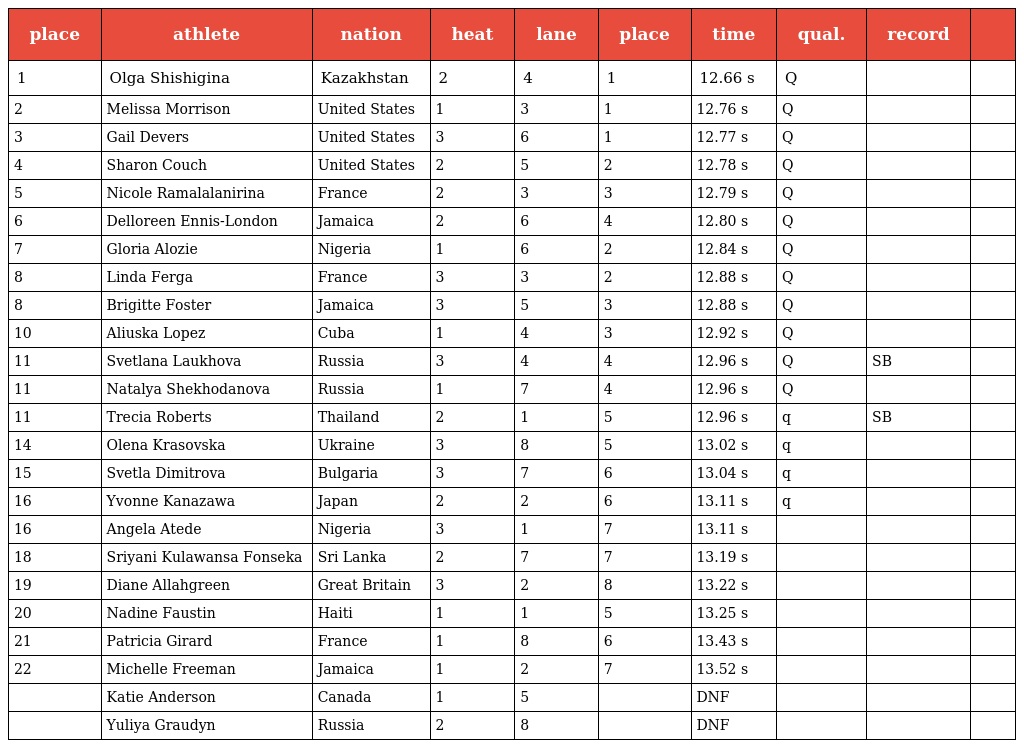
| place | athlete | nation | heat | lane | place | time | qual. | record |  |
 | --- | --- | --- | --- | --- | --- | --- | --- | --- | --- |
 | 1 | Olga Shishigina | Kazakhstan | 2 | 4 | 1 | 12.66 s | Q |  |  |
 | 2 | Melissa Morrison | United States | 1 | 3 | 1 | 12.76 s | Q |  |  |
 | 3 | Gail Devers | United States | 3 | 6 | 1 | 12.77 s | Q |  |  |
 | 4 | Sharon Couch | United States | 2 | 5 | 2 | 12.78 s | Q |  |  |
 | 5 | Nicole Ramalalanirina | France | 2 | 3 | 3 | 12.79 s | Q |  |  |
 | 6 | Delloreen Ennis-London | Jamaica | 2 | 6 | 4 | 12.80 s | Q |  |  |
 | 7 | Gloria Alozie | Nigeria | 1 | 6 | 2 | 12.84 s | Q |  |  |
 | 8 | Linda Ferga | France | 3 | 3 | 2 | 12.88 s | Q |  |  |
 | 8 | Brigitte Foster | Jamaica | 3 | 5 | 3 | 12.88 s | Q |  |  |
 | 10 | Aliuska Lopez | Cuba | 1 | 4 | 3 | 12.92 s | Q |  |  |
 | 11 | Svetlana Laukhova | Russia | 3 | 4 | 4 | 12.96 s | Q | SB |  |
 | 11 | Natalya Shekhodanova | Russia | 1 | 7 | 4 | 12.96 s | Q |  |  |
 | 11 | Trecia Roberts | Thailand | 2 | 1 | 5 | 12.96 s | q | SB |  |
 | 14 | Olena Krasovska | Ukraine | 3 | 8 | 5 | 13.02 s | q |  |  |
 | 15 | Svetla Dimitrova | Bulgaria | 3 | 7 | 6 | 13.04 s | q |  |  |
 | 16 | Yvonne Kanazawa | Japan | 2 | 2 | 6 | 13.11 s | q |  |  |
 | 16 | Angela Atede | Nigeria | 3 | 1 | 7 | 13.11 s |  |  |  |
 | 18 | Sriyani Kulawansa Fonseka | Sri Lanka | 2 | 7 | 7 | 13.19 s |  |  |  |
 | 19 | Diane Allahgreen | Great Britain | 3 | 2 | 8 | 13.22 s |  |  |  |
 | 20 | Nadine Faustin | Haiti | 1 | 1 | 5 | 13.25 s |  |  |  |
 | 21 | Patricia Girard | France | 1 | 8 | 6 | 13.43 s |  |  |  |
 | 22 | Michelle Freeman | Jamaica | 1 | 2 | 7 | 13.52 s |  |  |  |
 |  | Katie Anderson | Canada | 1 | 5 |  | DNF |  |  |  |
 |  | Yuliya Graudyn | Russia | 2 | 8 |  | DNF |  |  |  |